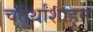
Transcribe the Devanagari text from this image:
चतुर्थांशाहून